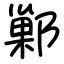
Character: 鄛